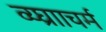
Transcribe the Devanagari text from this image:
व्य्घ्रााचर्म